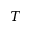
T